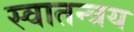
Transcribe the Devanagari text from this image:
स्वातन्त्रय